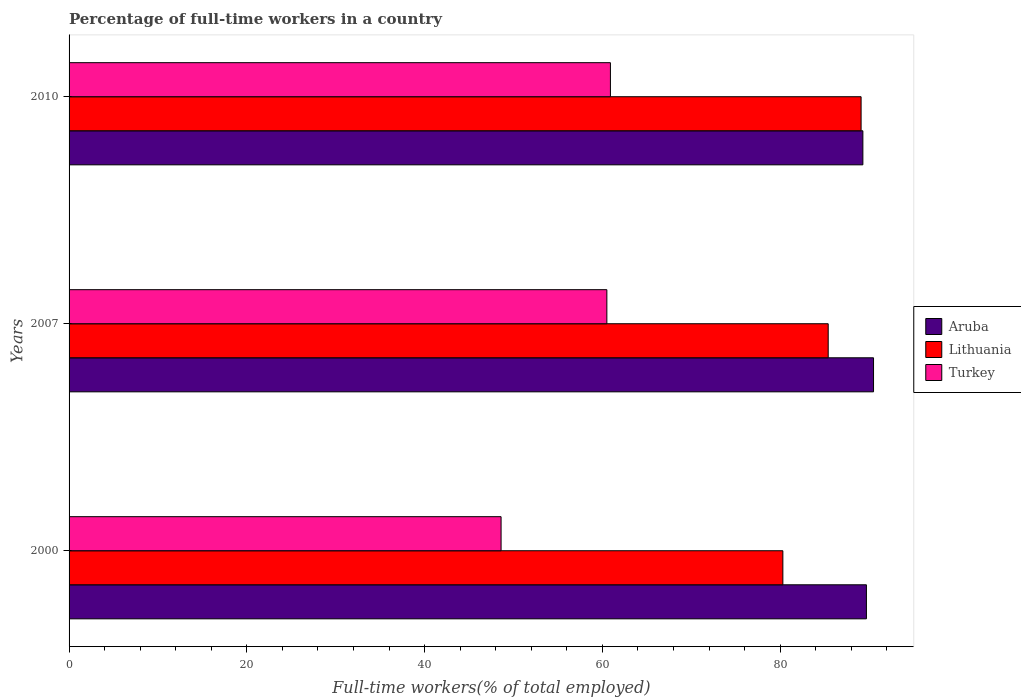
| Years | Aruba | Lithuania | Turkey |
 | --- | --- | --- | --- |
 | 2000 | 89.7 | 80.3 | 48.6 |
 | 2007 | 90.5 | 85.4 | 60.5 |
 | 2010 | 89.3 | 89.1 | 60.9 |